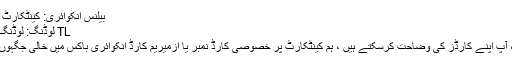
ESHOT بیلنس انکوائری: کینٹکارٹ بیلنس انکوائری
ESHOT TL لوڈنگ: لوڈنگ کینٹکارٹ TL
ایک ممبر کی حیثیت سے ، آپ اپنے کارڈز کی وضاحت کرسکتے ہیں ، ہم کینٹکارٹ پر خصوصی کارڈ نمبر یا ازمیریم کارڈ انکوائری باکس میں خالی جگہوں کے بغیر داخل کرتے ہیں۔